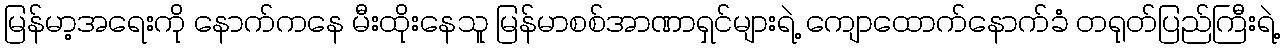
မြန်မာ့အရေးကို နောက်ကနေ မီးထိုးနေသူ မြန်မာစစ်အာဏာရှင်များရဲ့ ကျောထောက်နောက်ခံ တရုတ်ပြည်ကြီးရဲ့